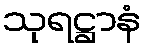
သုရဋ္ဌာနံ